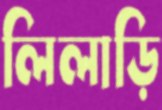
লিলাড়ি